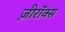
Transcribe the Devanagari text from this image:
ज़ीरॉक्स